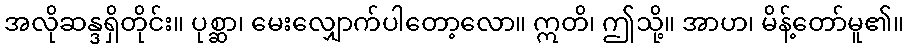
အလိုဆန္ဒရှိတိုင်း။ ပုစ္ဆာ၊ မေးလျှောက်ပါတော့လော။ ဣတိ၊ ဤသို့။ အာဟ၊ မိန့်တော်မူ၏။